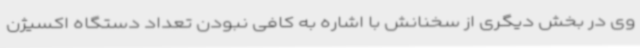
وی در بخش دیگری از سخنانش با اشاره به کافی نبودن تعداد دستگاه اکسیژن